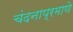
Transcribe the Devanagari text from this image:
चंदनाप्रमाणे